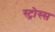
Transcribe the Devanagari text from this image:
स्ट्रोस्स